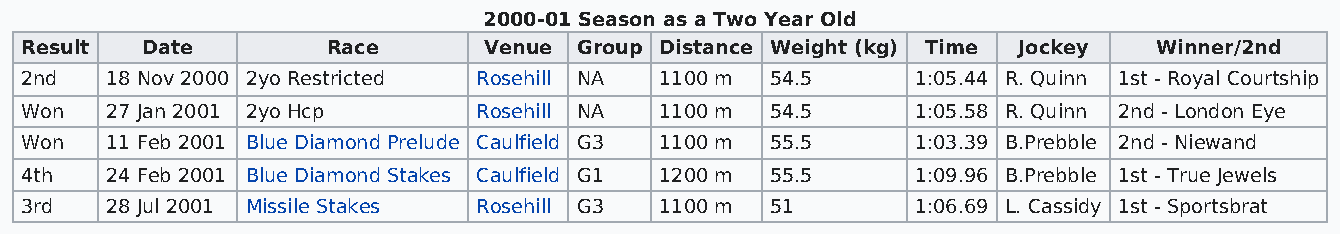
2000-01 Season as a Two Year Old
 Result  Date         Race      Venue Group Distance Weight (kg) Time Jockey Winner/2nd
 2nd   18 Nov 2000 2yo Restricted Rosehill NA 1100 m 54.5    1:05.44 R. Quinn 1st - Royal Courtship
 Won   27 Jan 2001 2yo Hcp      Rosehill NA 1100 m 54.5      1:05.58 R. Quinn 2nd - London Eye
 Won   11 Feb 2001 Blue Diamond Prelude Caulfield G3 1100 m 55.5 1:03.39 B.Prebble 2nd - Niewand
 4th   24 Feb 2001 Blue Diamond Stakes Caulfield G1 1200 m 55.5 1:09.96 B.Prebble 1st - True Jewels
 3rd   28 Jul 2001 Missile Stakes Rosehill G3 1100 m 51      1:06.69 L. Cassidy 1st - Sportsbrat